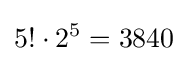
5!\cdot 2^{5}=3840